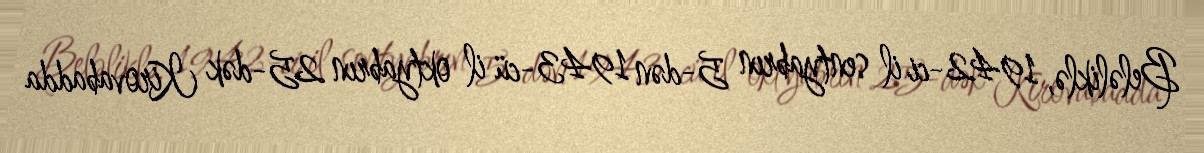
Beləliklə, 1942-ci il sentyabrın 5-dən 1943-cü il oktyabrın 25-dək Kirovabadda